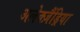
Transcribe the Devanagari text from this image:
अलेक्ज़ैंड्रिया